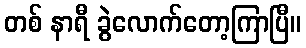
တစ် နာရီ ခွဲလောက်တော့ကြာပြီ။